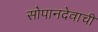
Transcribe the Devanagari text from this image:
सोपानदेवाची